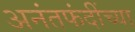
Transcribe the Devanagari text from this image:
अनंतफंदींच्या